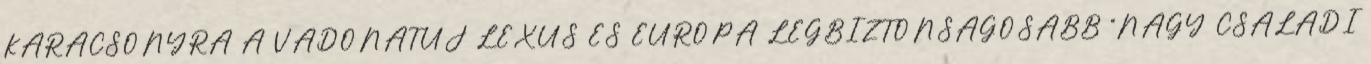
KARÁCSONYRA A VADONATÚJ LEXUS ES EURÓPA LEGBIZTONSÁGOSABB “NAGY CSALÁDI